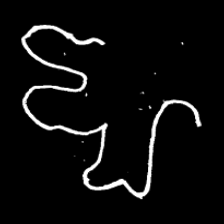
Pyu character \u2014 Myanmar letter: ဈ (romanized: jha)